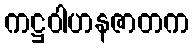
ကဋ္ဌဝါဟနဇာတက